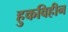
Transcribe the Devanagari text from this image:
हुकविहीन